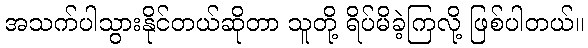
အသက်ပါသွားနိုင်တယ်ဆိုတာ သူတို့ ရိပ်မိခဲ့ကြလို့ ဖြစ်ပါတယ်။